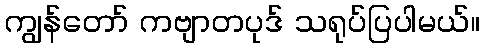
ကျွန်တော် ကဗျာတပုဒ် သရုပ်ပြပါမယ်။